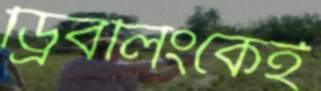
ড্রিবলিংকেই